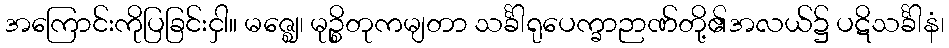
အကြောင်းကိုပြခြင်းငှါ။ မဇ္ဈေ၊ မုဉ္စိတုကမျတာ သင်္ခါရုပေက္ခာဉာဏ်တို့၏အလယ်၌ ပဋိသင်္ခါနံ၊